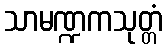
သာမဏ္ဍကသုတ္တံ